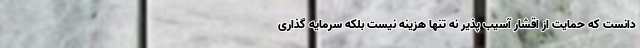
دانست که حمایت از اقشار آسیب پذیر نه تنها هزینه نیست بلکه سرمایه گذاری